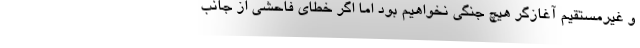
و غیرمستقیم آغازگر هیچ جنگی نخواهیم بود اما اگر خطای فاحشی از جانب